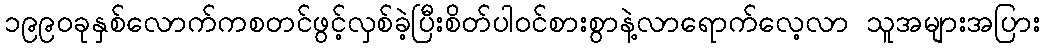
၁၉၉၀ခုနှစ်လောက်ကစတင်ဖွင့်လှစ်ခဲ့ပြီးစိတ်ပါဝင်စားစွာနဲ့လာရောက်လေ့လာ သူအများအပြား